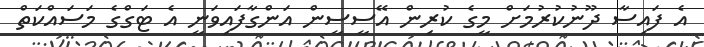
އެ ފައިސާ ދޫނުކުރުމަށް މީގެ ކުރިން އޭސީސީން އަންގާފައިވަނީ އެ ޓަގްގެ މަސައްކަތް